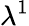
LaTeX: \lambda^{1}